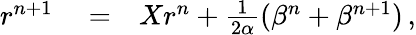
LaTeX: \begin{array}{rlr}{r^{n+1}}&{{}=}&{Xr^{n}+\frac{1}{2\alpha}(\beta^{n}+\beta^{n+1})\, ,}\end{array}